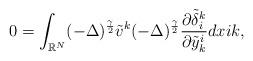
LaTeX: \begin{align*}0 = \displaystyle\int_{\mathbb{R}^N}(- \Delta)^{\frac{\gamma}{2}}\tilde{v}^k(- \Delta)^{\frac{\gamma}{2}} \frac{\partial\tilde{\delta}_{i}^k}{\partial \tilde{y}_{k}^i}dx i k,\end{align*}